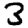
Digit: 3